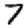
Digit: 7